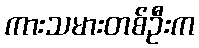
ကားသမားတစ်ဦးက